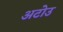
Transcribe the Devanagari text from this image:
अटोउ